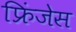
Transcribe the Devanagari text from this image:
फ्रिंजेस